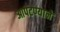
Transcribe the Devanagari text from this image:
आपटण्याने